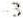
-3